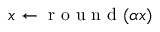
x \leftarrow \mathrm { ~ r ~ o ~ u ~ n ~ d ~ } ( \alpha x )